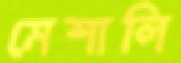
মেশালি